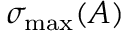
\sigma _ { \mathrm { m a x } } ( A )